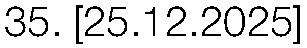
35. [25.12.2025]